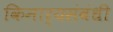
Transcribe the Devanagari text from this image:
किनार्‍यसंबंधी